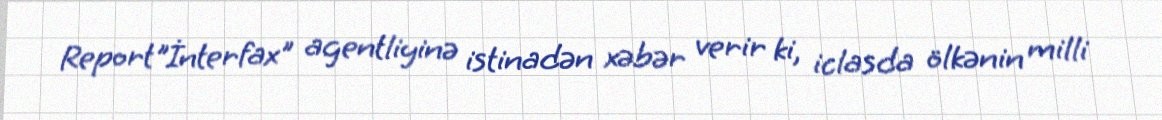
Report"İnterfax" agentliyinə istinadən xəbər verir ki, iclasda ölkənin milli